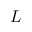
L